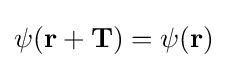
\psi (\mathbf {r} +\mathbf {T} )=\psi (\mathbf {r} )